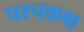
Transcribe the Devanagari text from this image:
पश्चकक्ष